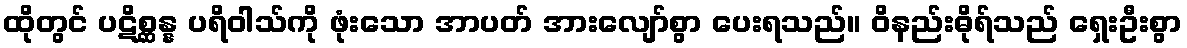
ထိုတွင် ပဋိစ္ဆန္န ပရိဝါသ်ကို ဖုံးသော အာပတ် အားလျော်စွာ ပေးရသည်။ ဝိနည်းဓိုရ်သည် ရှေးဦးစွာ